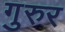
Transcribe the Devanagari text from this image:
गुरुर